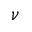
\nu